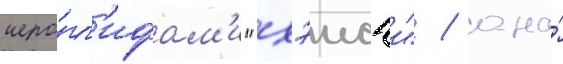
иеро́гл'ифам'и "хэисэи" / она́